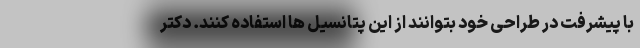
با پیشرفت در طراحی خود بتوانند از این پتانسیل ها استفاده کنند. دکتر